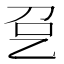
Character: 㐒